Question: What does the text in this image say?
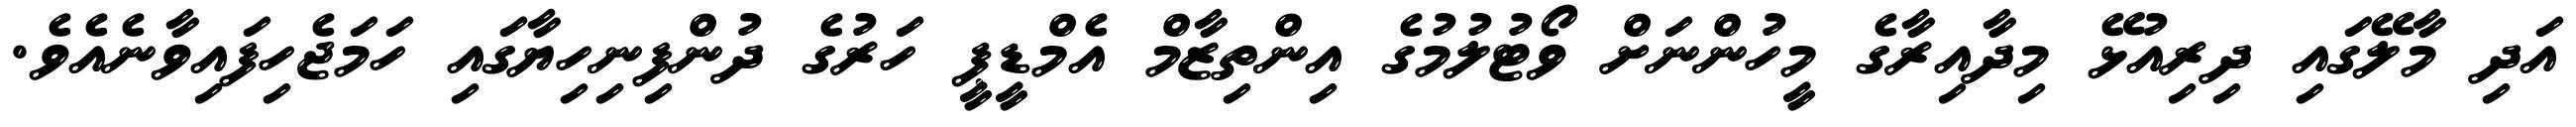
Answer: އަދި މާލޭގައި ދިރިއުޅޭ މިދާއިރާގެ މީހުންނަށް ވޯޓުލުމުގެ އިންތިޒާމް އެމްޑީޕީ ހަރުގެ ދުންފިނިހިޔާގައި ހަމަޖެހިފައިވާނެއެވެ.